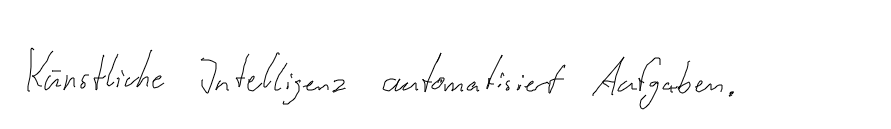
Künstliche Intelligenz automatisiert Aufgaben.